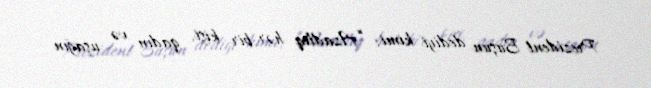
Prezident Buşun dediyi kimi: “Azadlıq hər bir kişi, qadın və uşağın